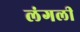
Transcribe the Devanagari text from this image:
लंगली